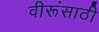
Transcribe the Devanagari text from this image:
वीरूंसाठी